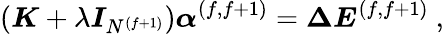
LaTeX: \left(\boldsymbol{K}+\lambda\boldsymbol{I}_{N^{(f+1)}}\right)\boldsymbol{\alpha}^{(f,f+1)}=\boldsymbol{\Delta E}^{(f,f+1)}~,